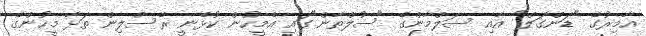
އާމިރުގެ "ޑަންގަލް" އާއި ސަލްމާންގެ "ސުލްތާން"ގައި އެމީހުން ކުޅެނީ ރެސްލިން ތަޅާ މީހުންގެ